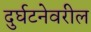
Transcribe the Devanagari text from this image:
दुर्घटनेवरील